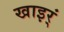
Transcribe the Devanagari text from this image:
खाइर्ं